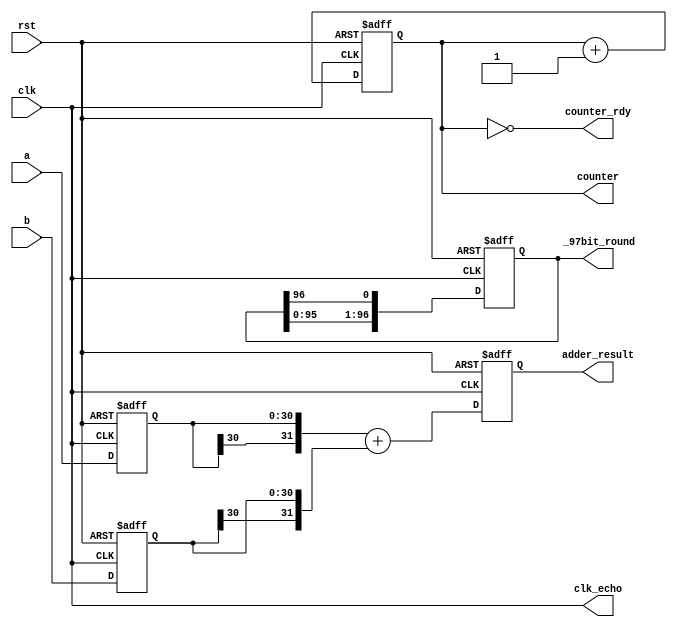
module simple_test(
    input rst,
    input clk,
    input  [30:0]a,
    input  [30:0]b,
    output reg [31:0]adder_result,
    output [15:0]counter,
    output [96:0]_97bit_round,
    output counter_rdy,
    output clk_echo
);

wire [74:0]hidden_mem[0:99]/*verilator public*/;
wire [74:0]hidden_signal/*verilator public*/;
wire [12:0]short_hidden_signal/*verilator public*/;

assign clk_echo=clk;

reg [30:0]a_s;
reg [30:0]b_s;

always @(posedge clk, posedge rst)
    if(rst)
        {a_s,b_s} <= 0;
    else
        {a_s,b_s} <= {a,b};

always @(posedge clk, posedge rst)
    if(rst)
        adder_result <= 0;
    else
        adder_result <= {a_s[30],a_s} + {b_s[30],b_s};

reg [15:0]cnt;

always @(posedge clk, posedge rst)
    if(rst)
        cnt <= 0;
    else 
        cnt <= cnt + 1;

assign counter_rdy = (cnt==0);

assign counter=cnt;

reg [96:0]shift;

always @(posedge clk, posedge rst)
    if(rst) 
        shift <= 1;
    else
        shift <= {shift[95:0],shift[96]};
    
assign _97bit_round = shift;
endmodule